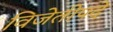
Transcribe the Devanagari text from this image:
विजेतीपदे